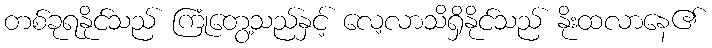
တစ်ခုရနိုင်သည် ကြုံတွေ့သည်နှင့် လေ့လာသိရှိနိုင်သည် နိုးထလာနေ၏